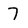
Character: 7